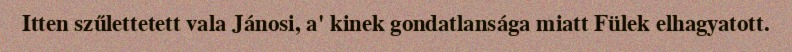
Itten szűlettetett vala Jánosi, a' kinek gondatlansága miatt Fülek elhagyatott.